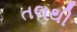
તલથી